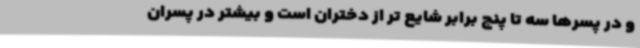
و در پسرها سه تا پنج برابر شایع تر از دختران است و بیشتر در پسران